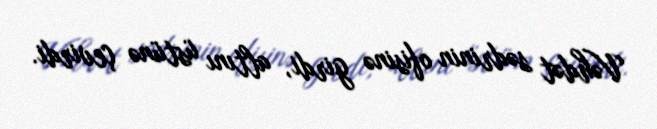
Vəhdət sədrinin ofisinə girdi, altını üstünə çevirdi.